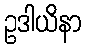
ဥဒါယိနာ